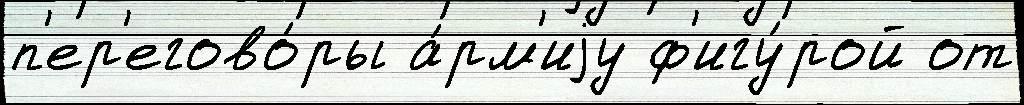
п'ер'егово́ры а́рм'иjу ф'игу́рой от